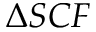
\Delta S C F